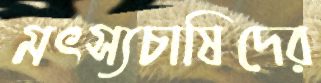
মৎস্যচাষিদের